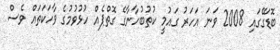
ބޮޑަގޭގައި 2008 ވަނަ އަހަރު ގައުމީ ކުތުބުހާނާގެ ގޮތްޕެއް ހުޅުވުމުގެ ވާހަކަތައް ވެސް